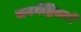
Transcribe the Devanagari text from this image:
जननेंद्रियाने